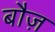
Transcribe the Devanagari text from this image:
बौज़